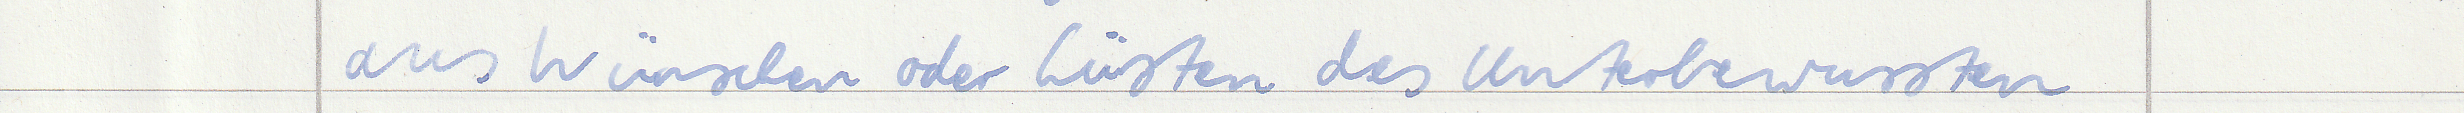
aus Wünschen oder Lüsten des Unterbewussten